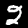
Label: 2